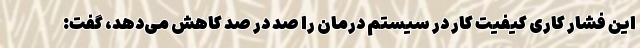
این فشار کاری کیفیت کار در سیستم درمان را صد در صد کاهش می‌دهد، گفت: